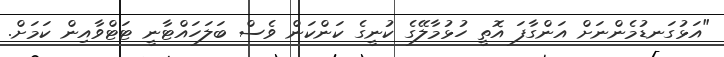
"އަޅުގަނޑުމެންނަށް އަންގާފަ އޮތީ ހުޅުމާލޭގެ ކުނީގެ ކަންކަން ވެސް ބަލަހައްޓާނީ ޓަޓްވާއިން ކަމަށް.